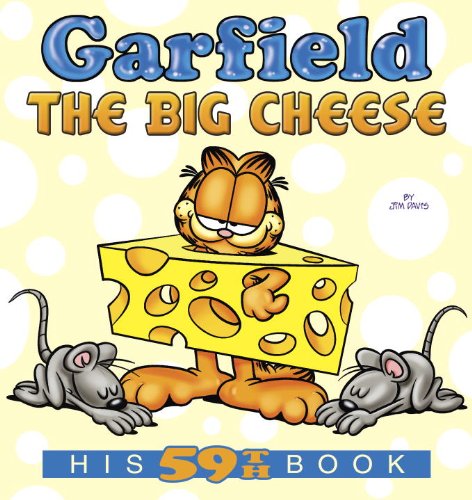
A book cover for Garfield the Big Cheese: His 59th Book; Jim Davis; Humor & Entertainment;